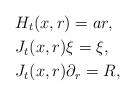
LaTeX: \begin{align*}& H_t(x,r)=ar,\\& J_t(x,r)\xi=\xi,\\&J_t(x,r)\partial_r=R,\end{align*}